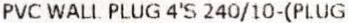
PVC WALL PLUG 4'S 240/10-(PLUG